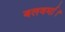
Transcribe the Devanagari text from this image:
बलवर्मा।